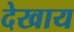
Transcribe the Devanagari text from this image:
देखाय